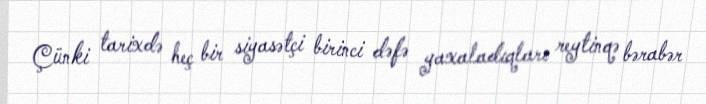
Çünki tarixdə heç bir siyasətçi birinci dəfə yaxaladıqları reytinqə bərabər